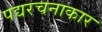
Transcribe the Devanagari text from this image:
पद्यरचनाकार